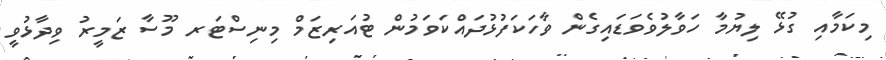
މިކަމާއި ގުޅޭ ލިޔުމާ ހަވާލުވެވަޑައިގެން ވާހަކަފުޅުދައްކަވަމުން ޓުއަރިޒަމް މިނިސްޓަރ މޫސާ ޒަމީރު ވިދާޅުވީ